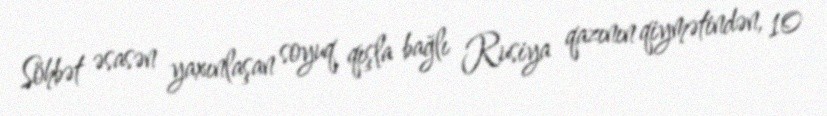
Söhbət əsasən yaxınlaşan soyuq qışla bağlı Rusiya qazının qiymətindən, 10